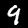
Digit: 9